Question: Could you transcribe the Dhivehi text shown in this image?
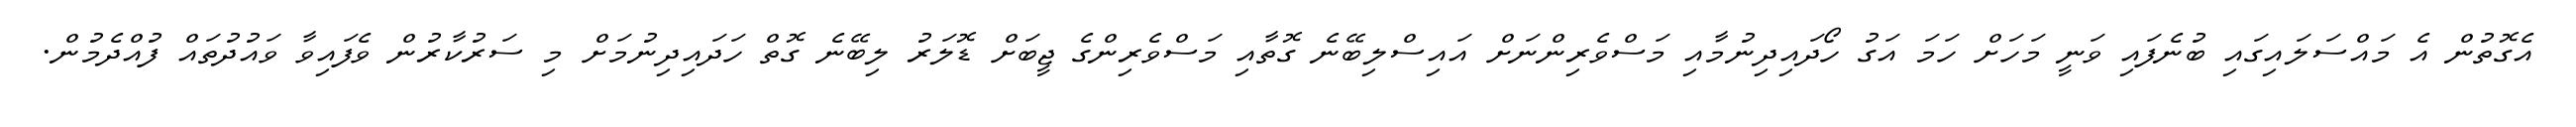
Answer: އެގޮތުން އެ މައްސަލައިގައި ބުނެފައި ވަނީ މަހަށް ހަމަ އަގު ހޯދައިދިނުމާއި މަސްވެރިންނަށް އައިސްލިބޭނެ ގޮތާއި މަސްވެރިންގެ ޖީބަށް ޑޮލަރު ލިބޭނެ ގޮތް ހަދައިދިނުމަށް މި ސަރުކާރުން ވެފައިވާ ވައުދުތައް ފުއްދެމުން.